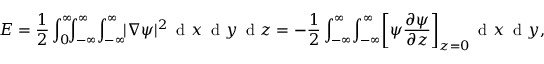
E = \frac { 1 } { 2 } \int _ { 0 } ^ { \infty } \! \! \! \int _ { - \infty } ^ { \infty } \! \int _ { - \infty } ^ { \infty } \! \! | \nabla \psi | ^ { 2 } \, \textrm { d } x \, \textrm { d } y \, \textrm { d } z = - \frac { 1 } { 2 } \int _ { - \infty } ^ { \infty } \! \int _ { - \infty } ^ { \infty } \! \left[ \psi \frac { \partial \psi } { \partial z } \right] _ { z = 0 } \! \, \textrm { d } x \, \textrm { d } y ,